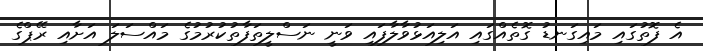
އެ ފޮތުގައި މައިގަނޑު ގޮތެއްގައި އަލިއަޅުވާލާފައި ވަނީ ނަސްލީތަފާތުކުރުމުގެ މައްސަލަ އަށާއި ރޭޕްގެ